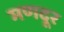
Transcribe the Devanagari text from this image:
मणदूर